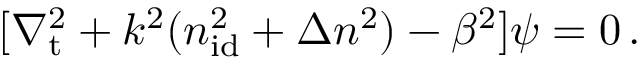
[ \nabla _ { \mathrm { t } } ^ { 2 } + k ^ { 2 } ( n _ { \mathrm { i d } } ^ { 2 } + \Delta n ^ { 2 } ) - \beta ^ { 2 } ] \psi = 0 \, .